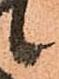
候